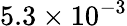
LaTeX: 5.3\times 10^{-3}